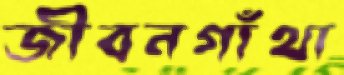
জীবনগাঁথা